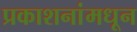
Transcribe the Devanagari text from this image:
प्रकाशनांमधून